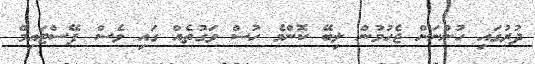
ދުރުގައި ހުންނަން ޖެހުމުން ލިބޭ ކޮންމެ ހުސް ވަގުތެއް ގައި ވެސް ފޭސްޓައިމް